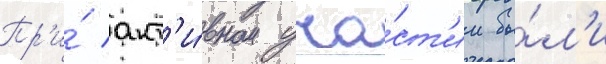
Пр'и́ акт'и́вном уча́ст'ии бы́л'и